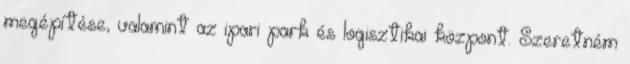
megépítése, valamint az ipari park és logisztikai központ. Szeretném